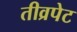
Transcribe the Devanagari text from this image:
तीव्रपेट